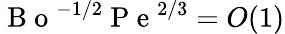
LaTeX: \mathrm{~B~o~}^{-1/2}\mathrm{~P~e~}^{2/3}=O(1)